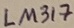
Text: LM317